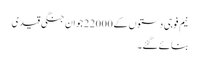
نیم فوجی دستوں کے 22000 جوان جنگی قیدی
بنائے گئے۔